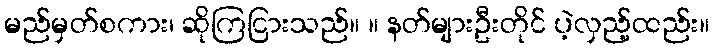
မည်မှတ်စကား၊ ဆိုကြငြားသည်။ ။ နတ်များဦးတိုင် ပဲ့လှည့်ထည်း။